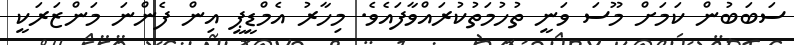
ސަބަބުން ކަމަށް މޫސަ ވަނީ ތުހުމަތުކުރައްވާފައެވެ. މިހާރު އެމްޑީޕީ އިން ފެންނަ މަންޒަރަކީ